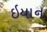
ઇયાન